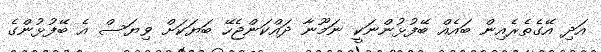
އަދި އޭގެތެރެއިން ބައެއް ބޭފުޅުންނަކީ ނަމޫނާ ދައްކަންޖެހޭ ބަޔަކަށް ވިޔަސް އެ ބޭފުޅުންގެ